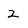
Character: 2